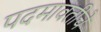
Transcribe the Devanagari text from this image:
पदमावतीचे